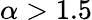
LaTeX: \alpha>1.5